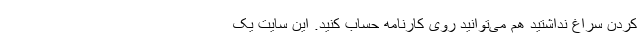
کردن سراغ نداشتید هم می‌توانید روی کارنامه حساب کنید. این سایت یک